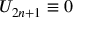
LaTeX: U _ { 2 n + 1 } \equiv 0